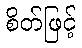
စိတ်ဖြင့်